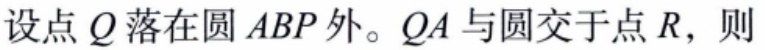
设点\(Q\)落在圆\(ABP\)外。\(QA\)与圆交于点\(R\)，则